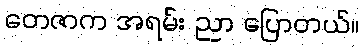
တေဇာက အရမ်း ညာ ပြောတယ်။